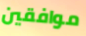
موافقين